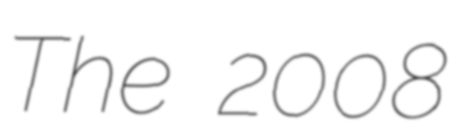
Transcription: The 2008